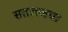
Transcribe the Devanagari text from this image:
सतलजचा